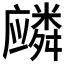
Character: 𱝏